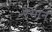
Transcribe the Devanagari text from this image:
ऐसान